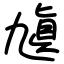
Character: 㐤